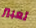
تعبير